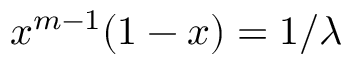
x ^ { m - 1 } ( 1 - x ) = 1 / \lambda